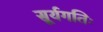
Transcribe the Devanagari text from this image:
सूर्यगतिः